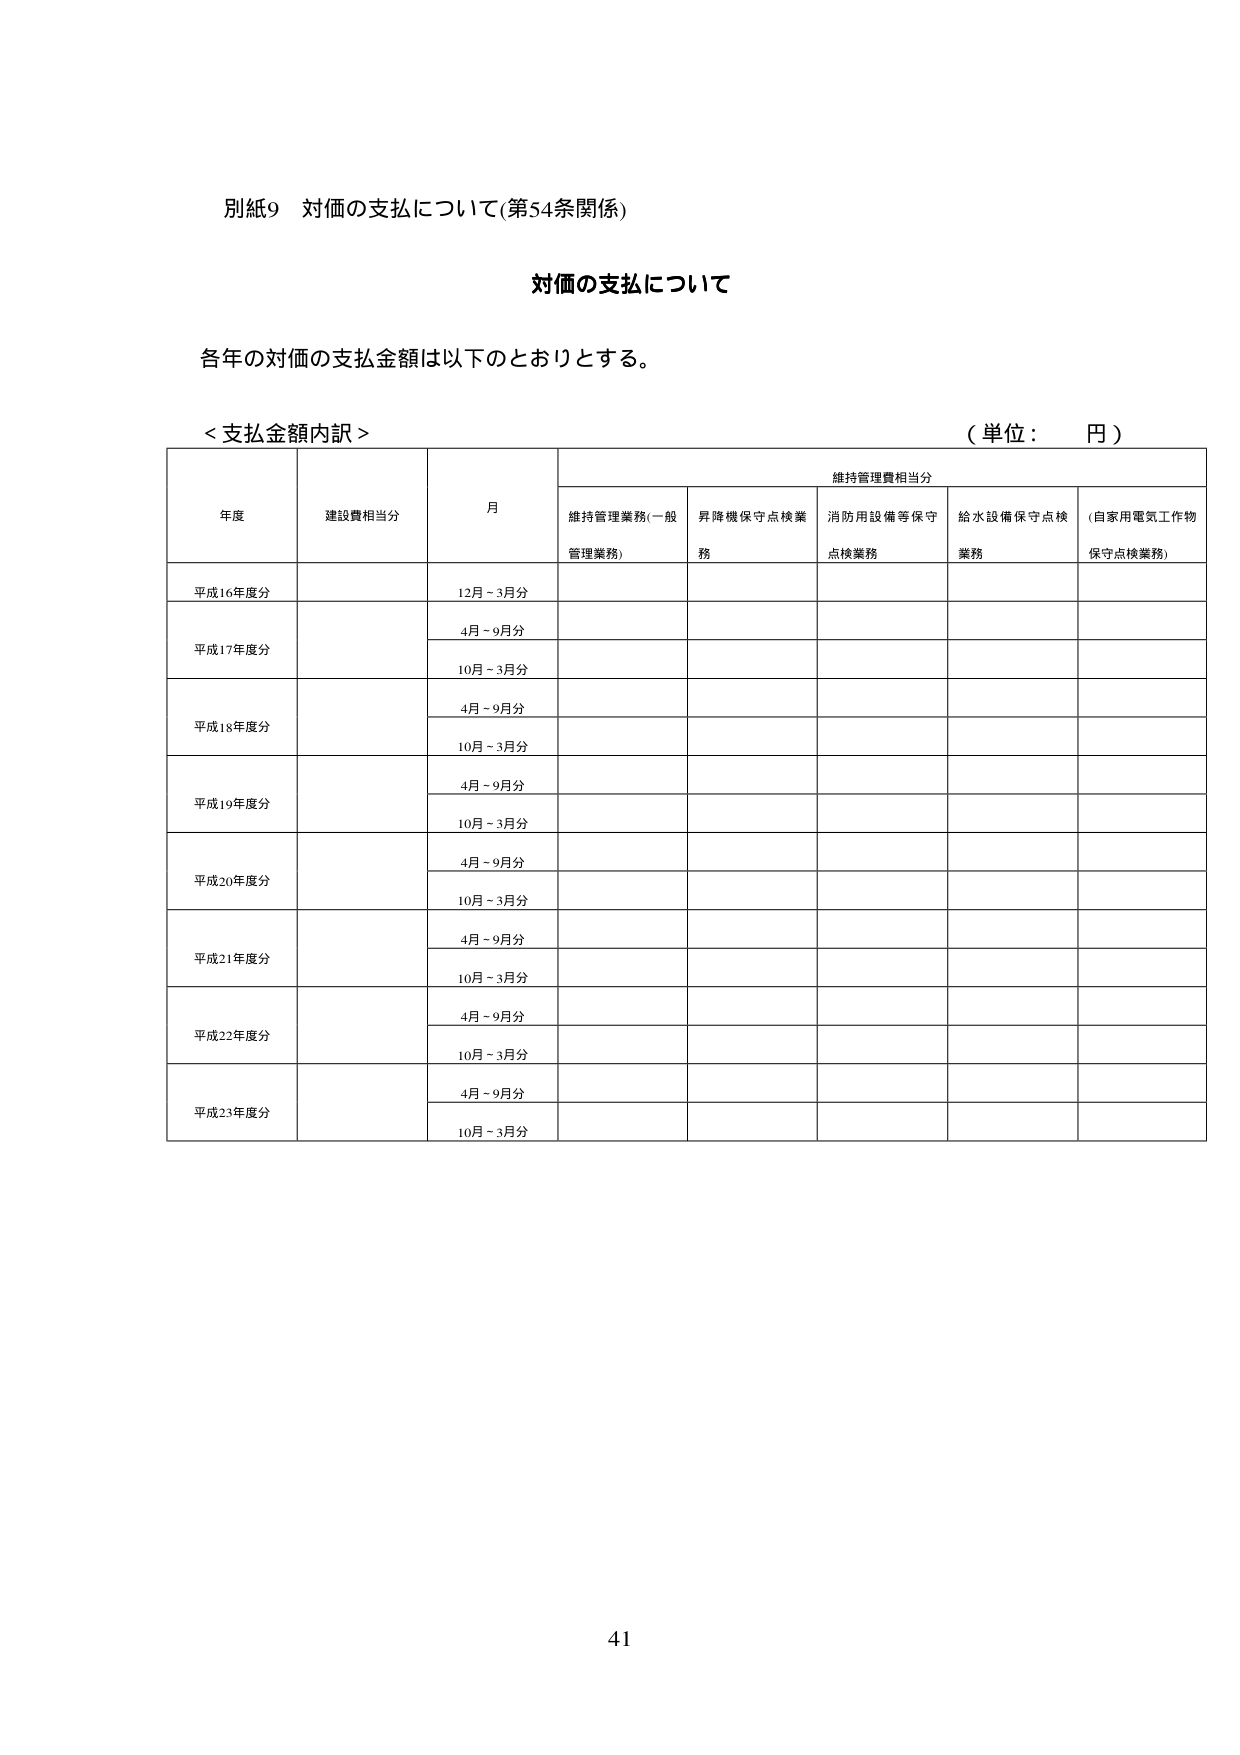
別紙9 対価の支払について(第54条関係)

対価の支払について

各年の対価の支払金額は以下のとおりとする。

＜支払金額内訳＞
（単位： 円）

年度 建設費相当分 月 維持管理費相当分